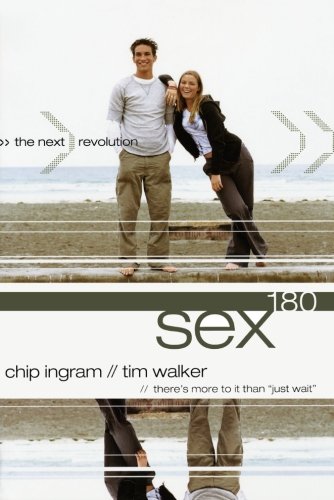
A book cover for Sex180: The Next Revolution; Chip Ingram; Teen & Young Adult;